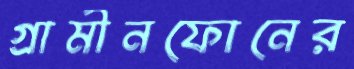
গ্রামীনফোনের